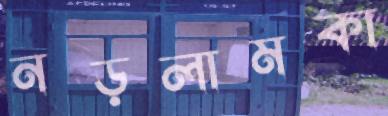
নড়লামকা